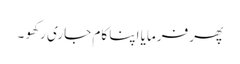
پھر فرمایا اپنا کام جاری رکھو ۔